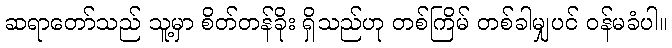
ဆရာတော်သည် သူ့မှာ စိတ်တန်ခိုး ရှိသည်ဟု တစ်ကြိမ် တစ်ခါမျှပင် ဝန်မခံပါ။